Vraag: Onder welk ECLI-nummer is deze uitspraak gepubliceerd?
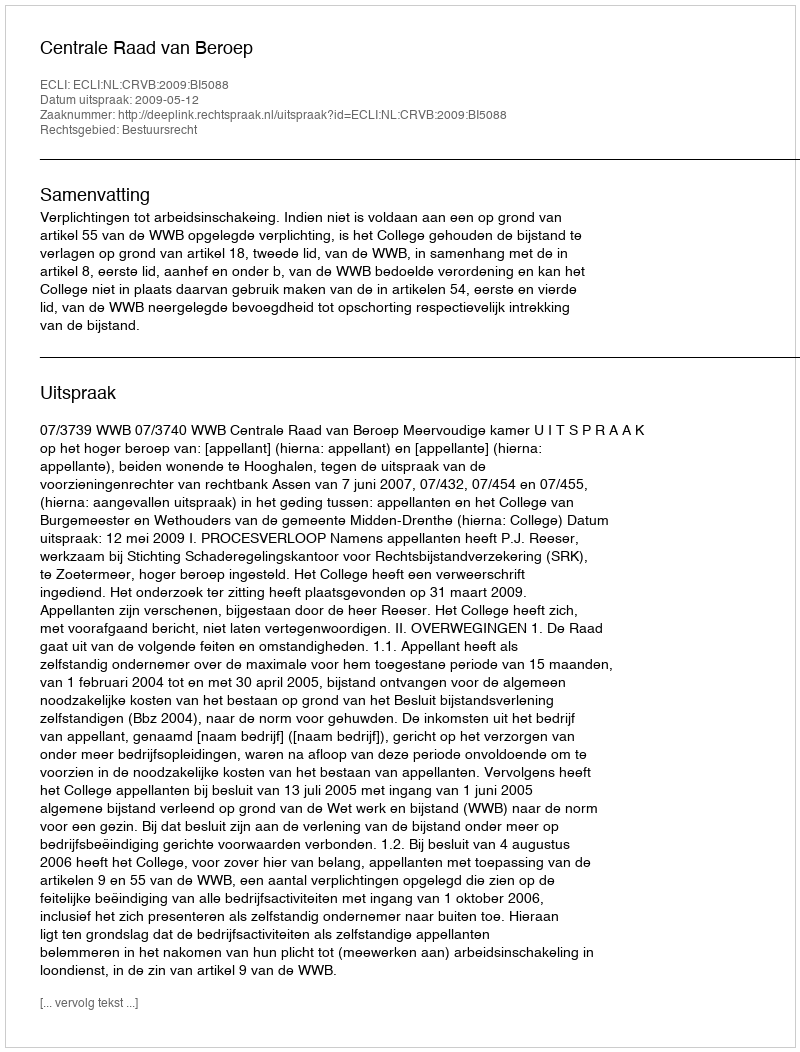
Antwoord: ECLI:NL:CRVB:2009:BI5088